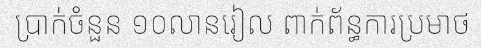
ប្រាក់ចំនួន ១០លានរៀល ពាក់ព័ន្ធការប្រមាថ